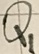
Text: Q1